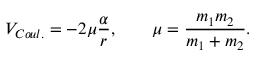
V _ { C o u l . } = - 2 \mu \frac { \alpha } { r } , \ \ \ \ \ \ \mu = \frac { m _ { 1 } m _ { 2 } } { m _ { 1 } + m _ { 2 } } .